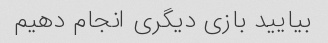
بیایید بازی دیگری انجام دهیم